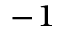
^ { - 1 }